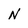
Character: N